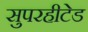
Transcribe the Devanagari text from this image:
सुपरहीटेड